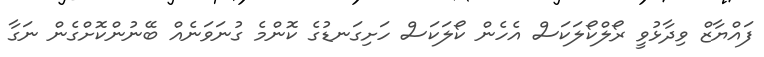
ފައްޔާޒް ވިދާޅުވީ ރޯލްކޯލަކަސް އެހެން ކޯލަކަސް ހަށިގަނޑުގެ ކޮންމެ ގުނަވަނެއް ބޭނުންކޮށްގެން ނަގާ